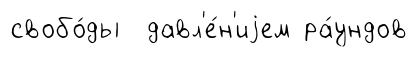
свобо́ды давл'е́н'иjем ра́ундов